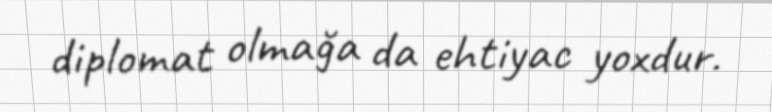
diplomat olmağa da ehtiyac yoxdur.